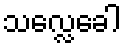
သလ္လေခေါ